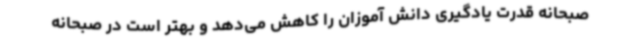
صبحانه قدرت یادگیری دانش آموزان را کاهش می‌دهد و بهتر است در صبحانه